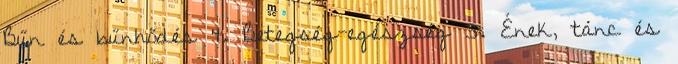
Bűn és bűnhődés 4. Betegség-egészség 5. Ének, tánc és